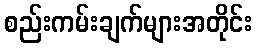
စည်းကမ်းချက်များအတိုင်း